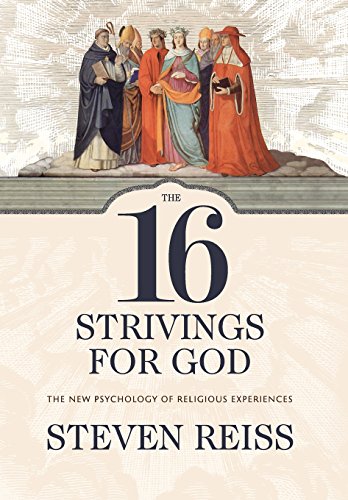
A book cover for The 16 Strivings for God: The New Psychology of Religious Experiences; Steven Reiss; Religion & Spirituality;